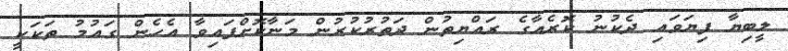
ލީބިޔާ ފިޔަވައި ދެކުނު ކޮރެއާގެ ރައްޔިތުން ދަތުރުކުރުން މަނާކޮށްފައިވާ އެހެން ގައުމު ތަކަކީ